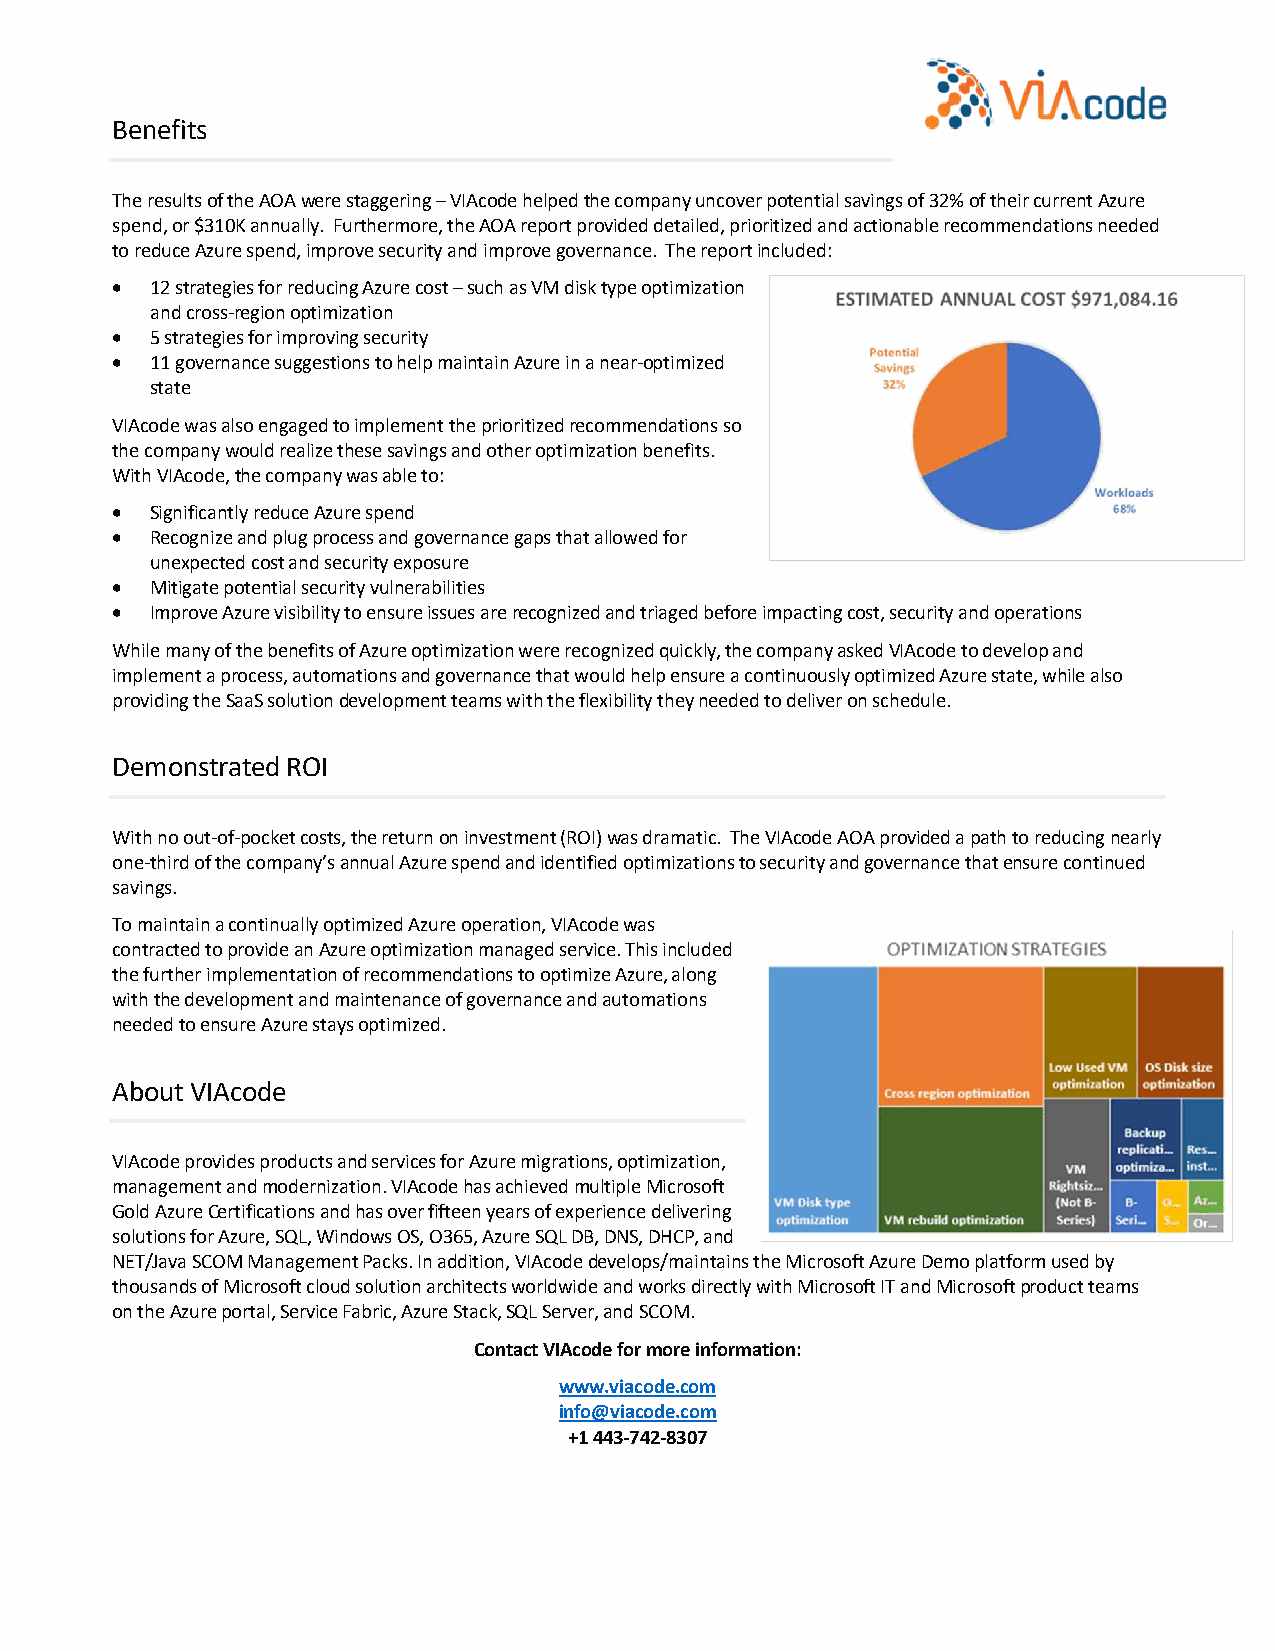
Benefits
 The results of the AOA were staggering – VIAcode helped the company uncover potential savings of 32% of their current Azure
 spend, or $310K annually. Furthermore, the AOA report provided detailed, prioritized and actionable recommendations needed
 to reduce Azure spend, improve security and improve governance. The report included:
 •  12 strategies for reducing Azure cost – such as VM disk type optimization
 and cross-region optimization
 •  5 strategies for improving security
 •  11 governance suggestions to help maintain Azure in a near-optimized
 state
 VIAcode was also engaged to implement the prioritized recommendations so
 the company would realize these savings and other optimization benefits.
 With VIAcode, the company was able to:
 •  Significantly reduce Azure spend
 •  Recognize and plug process and governance gaps that allowed for
 unexpected cost and security exposure
 •  Mitigate potential security vulnerabilities
 •  Improve Azure visibility to ensure issues are recognized and triaged before impacting cost, security and operations
 While many of the benefits of Azure optimization were recognized quickly, the company asked VIAcode to develop and
 implement a process, automations and governance that would help ensure a continuously optimized Azure state, while also
 providing the SaaS solution development teams with the flexibility they needed to deliver on schedule.
 Demonstrated ROI
 With no out-of-pocket costs, the return on investment (ROI) was dramatic. The VIAcode AOA provided a path to reducing nearly
 one-third of the company’s annual Azure spend and identified optimizations to security and governance that ensure continued
 savings.
 To maintain a continually optimized Azure operation, VIAcode was
 contracted to provide an Azure optimization managed service. This included
 the further implementation of recommendations to optimize Azure, along
 with the development and maintenance of governance and automations
 needed to ensure Azure stays optimized.
 About VIAcode
 VIAcode provides products and services for Azure migrations, optimization,
 management and modernization. VIAcode has achieved multiple Microsoft
 Gold Azure Certifications and has over fifteen years of experience delivering
 solutions for Azure, SQL, Windows OS, O365, Azure SQL DB, DNS, DHCP, and
 NET/Java SCOM Management Packs. In addition, VIAcode develops/maintains the Microsoft Azure Demo platform used by
 thousands of Microsoft cloud solution architects worldwide and works directly with Microsoft IT and Microsoft product teams
 on the Azure portal, Service Fabric, Azure Stack, SQL Server, and SCOM.
 Contact VIAcode for more information:
 www.viacode.com
 info@viacode.com
 +1 443-742-8307